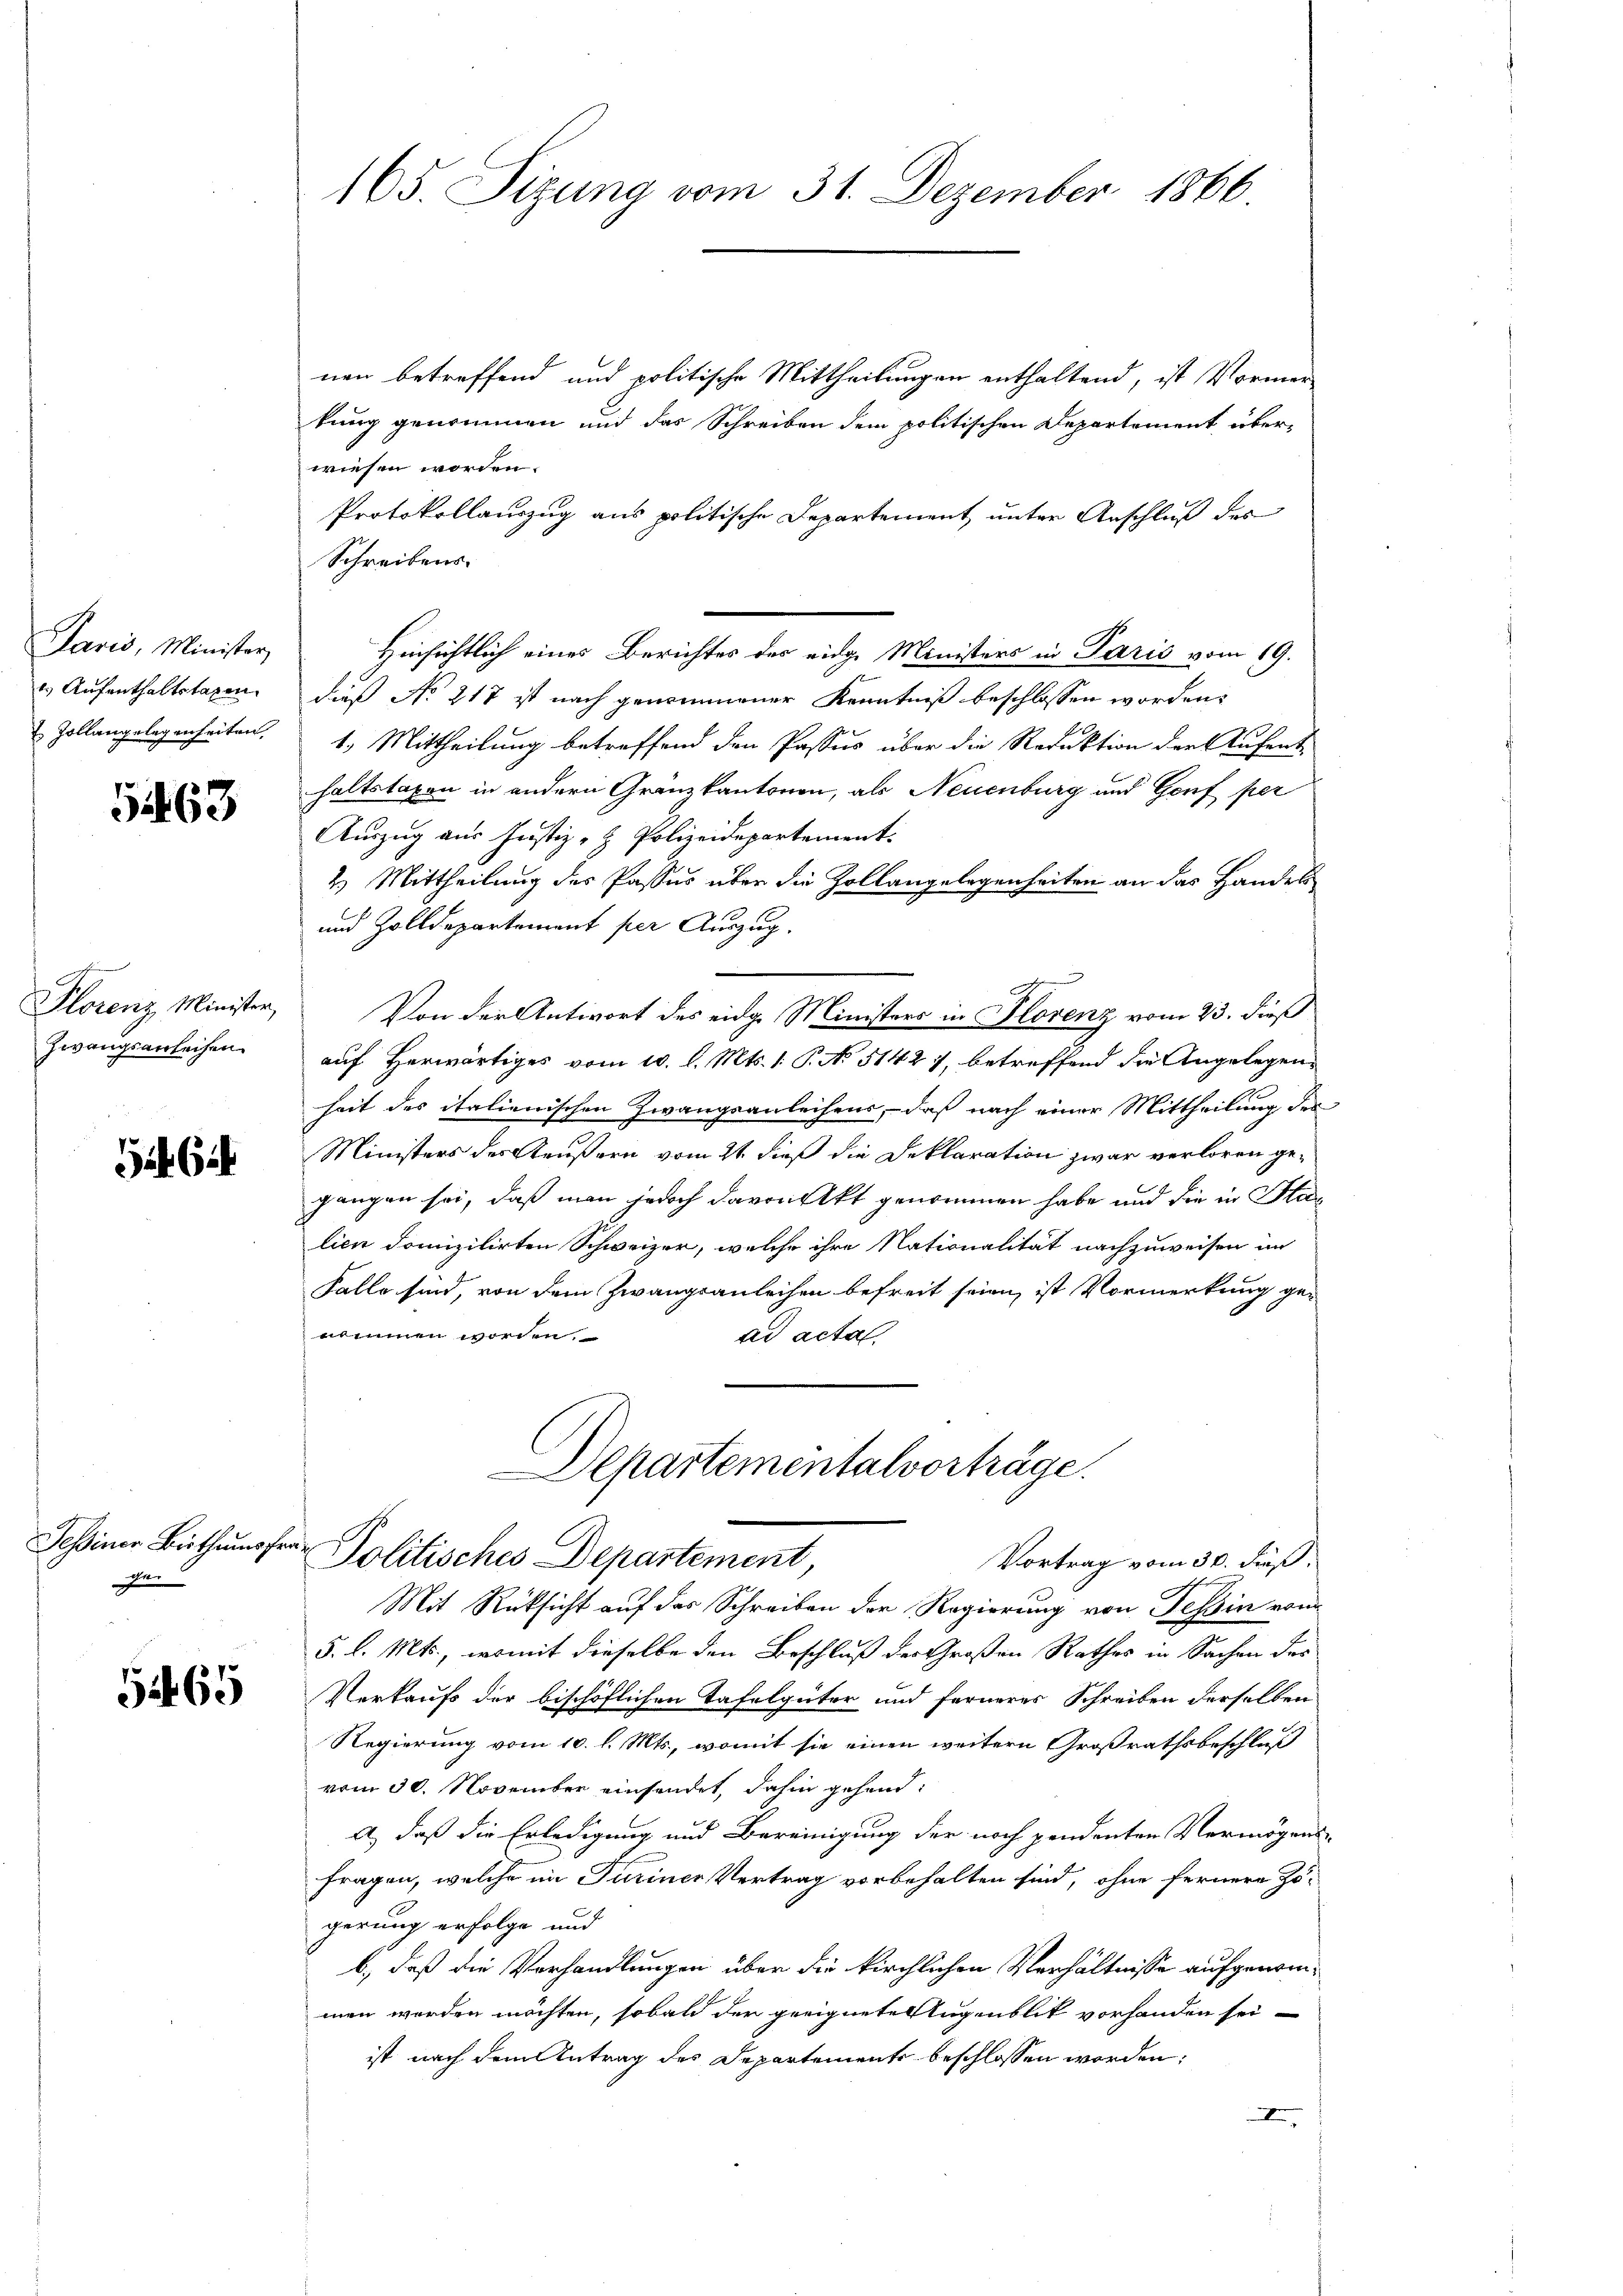
rod, Minister
1. Aufenthaltstagen.

5263

Plorenz Minister,
Zwangsanleihen.

Tessiner Bisthums
4

51465

165. Sizung vom 31. Dezember 1866.

nen betreffend und politische Mittheilungen enthaltend, ist Vormer
kung genommen und das Schreiben dem politischen Departement überwiesen worden.
Protokollauszug aus politische Departement unter Anschluß des
Schreibens.
Hinsichtlich eines Berichtes des eidge Ministers in Paris vom 19.
dieß No 217 ist nach genommener Kenntniß beschlossen worden.
 Zollangelegenheiten, 1. Mittheilung betreffend den Passus über die Reduktion der Aufent-
haltstaxen in andern Gränzkantonen, als Neuenburg und Genf per
Auszug aus Justiz- & Polizeidepartement.
2.) Mittheilung des Passus über die Zollangelegenheiten an das Handel
und Zolldepartement per Auszug.
Von der Antwort des eidge Ministers in Florenz vom 23. dieß
auf Herwärtiges vom 10. l. Mts. 1. P. No 5142 7, betreffend die Angelegenheit des italienischen Zwangsanleihens, daß nach einer Mittheilung des
Ministers des Aeußern vom 21. dieß die Deklaration zwar verloren gegangen sei, daß man jedoch davon Akt genommen habe und die in Har
lien domizilirten Schweizer, welche ihre Nationalität nachzuweisen im
Falle sind, von dem Zwangsanleihen befreit seien, ist Vormerkung ge-
nommen worden.
ad acta.
Departementalvorträge.
a
Politisches Departement,
Vortrag vom 30. Fuß.
Mit Rüksicht auf das Schreiben der Regierung von Tessin von
5. l. Mts., womit dieselbe den Beschluß der Großen Rathes in Sachen des
Verkaufs der bischöflichen Tafelgüter und ferneres Schreiben derselben
Regierung vom 10. l. Mts., womit sie einen weitern Großrathsbeschluß
vom 30. November einsendet, dahin gehend:
a) daß die Erledigung und Bereinigung der noch pendenten Vermögens
fragen, welche im Turiner Vertrag vorbehalten sind, ohne fernere Zö-
gerung erfolge und
b.) daß die Verhandlungen über die kirchlichen Verhältnisse aufgenommen worden möchten, sobald der geeignete Augenblick vorhanden sei
ist nach dem Antrag des Departemente beschlossen worden;
I